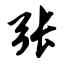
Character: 张